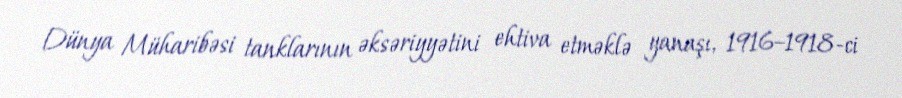
Dünya Müharibəsi tanklarının əksəriyyətini ehtiva etməklə yanaşı, 1916–1918-ci